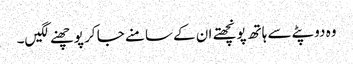
وہ دوپٹے سے ہاتھ پونچھتے ان کے سامنے جا کر پوچھنے لگیں۔